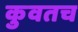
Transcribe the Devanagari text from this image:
कुवतच